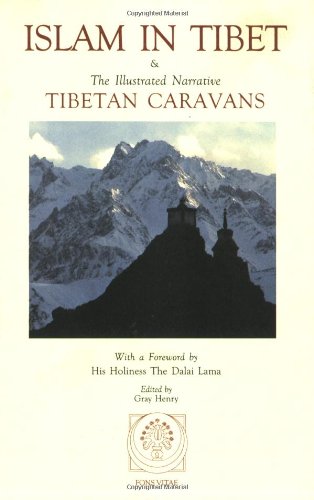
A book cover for Islam in Tibet: Including Islam in the Tibetan Cultural Sphere; Buddhist and Islamic Viewpoints of Ultimate Reality; and The Illustrated Narrative: Tibetan Caravans; Religion & Spirituality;